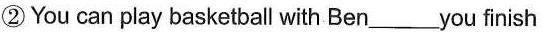
②You can play basketball with Ben_________you finish